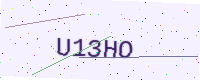
Text: U13HO